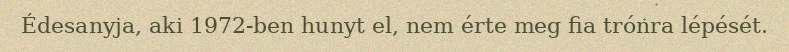
Édesanyja, aki 1972-ben hunyt el, nem érte meg fia trónra lépését.